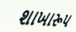
શાખારૂપ